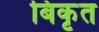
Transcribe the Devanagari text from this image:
बिकृत